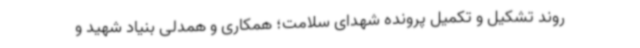
روند تشکیل و تکمیل پرونده شهدای سلامت؛ همکاری و همدلی بنیاد شهید و